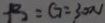
P _ { 2 } = G = 3 0 0 v